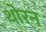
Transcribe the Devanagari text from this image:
थोरन